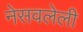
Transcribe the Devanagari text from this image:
नेसवलेली